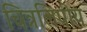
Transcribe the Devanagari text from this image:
चित्रलिपीय